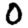
Digit: 0